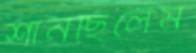
শানছিলেম